Tezpur Lunatic Asylum reports 1877-1894 - 1877-1894
Year: 1877
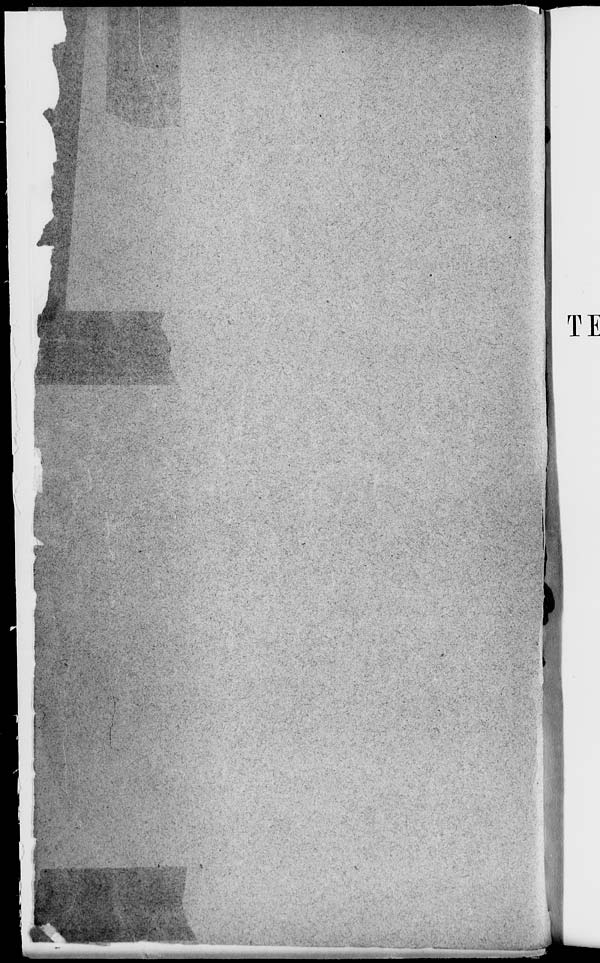
TE
>